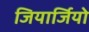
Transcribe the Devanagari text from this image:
जियार्जियो